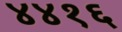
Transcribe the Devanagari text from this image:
४४१६